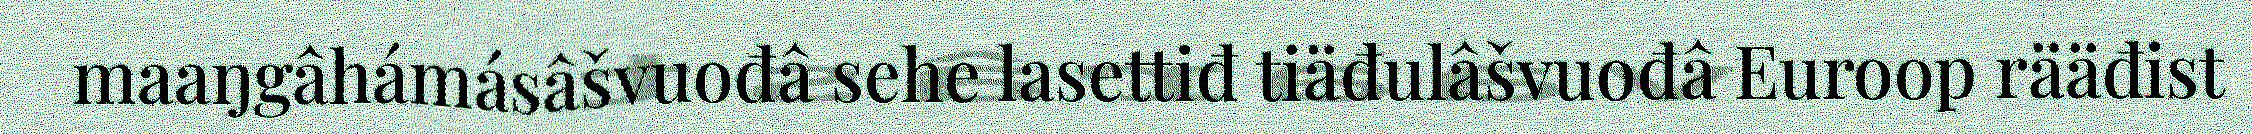
maaŋgâhámásâšvuođâ sehe lasettiđ tiäđulâšvuođâ Euroop rääđist